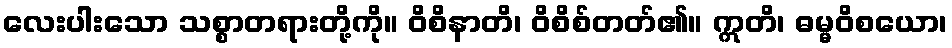
လေးပါးသော သစ္စာတရားတို့ကို။ ဝိစိနာတိ၊ ဝိစိစ်တတ်၏။ ဣတိ၊ ဓမ္မဝိစယော၊